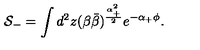
{ \cal S } _ { - } = \int d ^ { 2 } z ( \beta \bar { \beta } ) ^ { \frac { \alpha _ { + } ^ { 2 } } { 2 } } e ^ { - \alpha _ { + } \phi } .